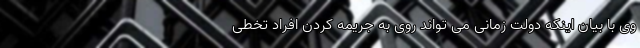
وی با بیان اینکه دولت زمانی می تواند روی به جریمه کردن افراد تخطی